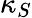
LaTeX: \kappa_{S}